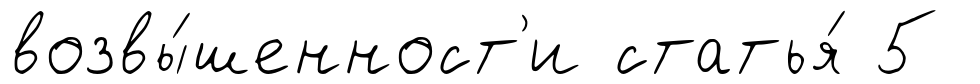
возвы́шенност'и статья́ 5